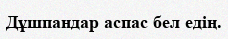
Дұшпандар аспас бел едің.